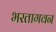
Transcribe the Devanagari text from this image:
भरतागवन